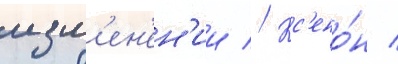
изм'ен'ен'ии // Кс'ено́н /